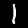
Label: 1